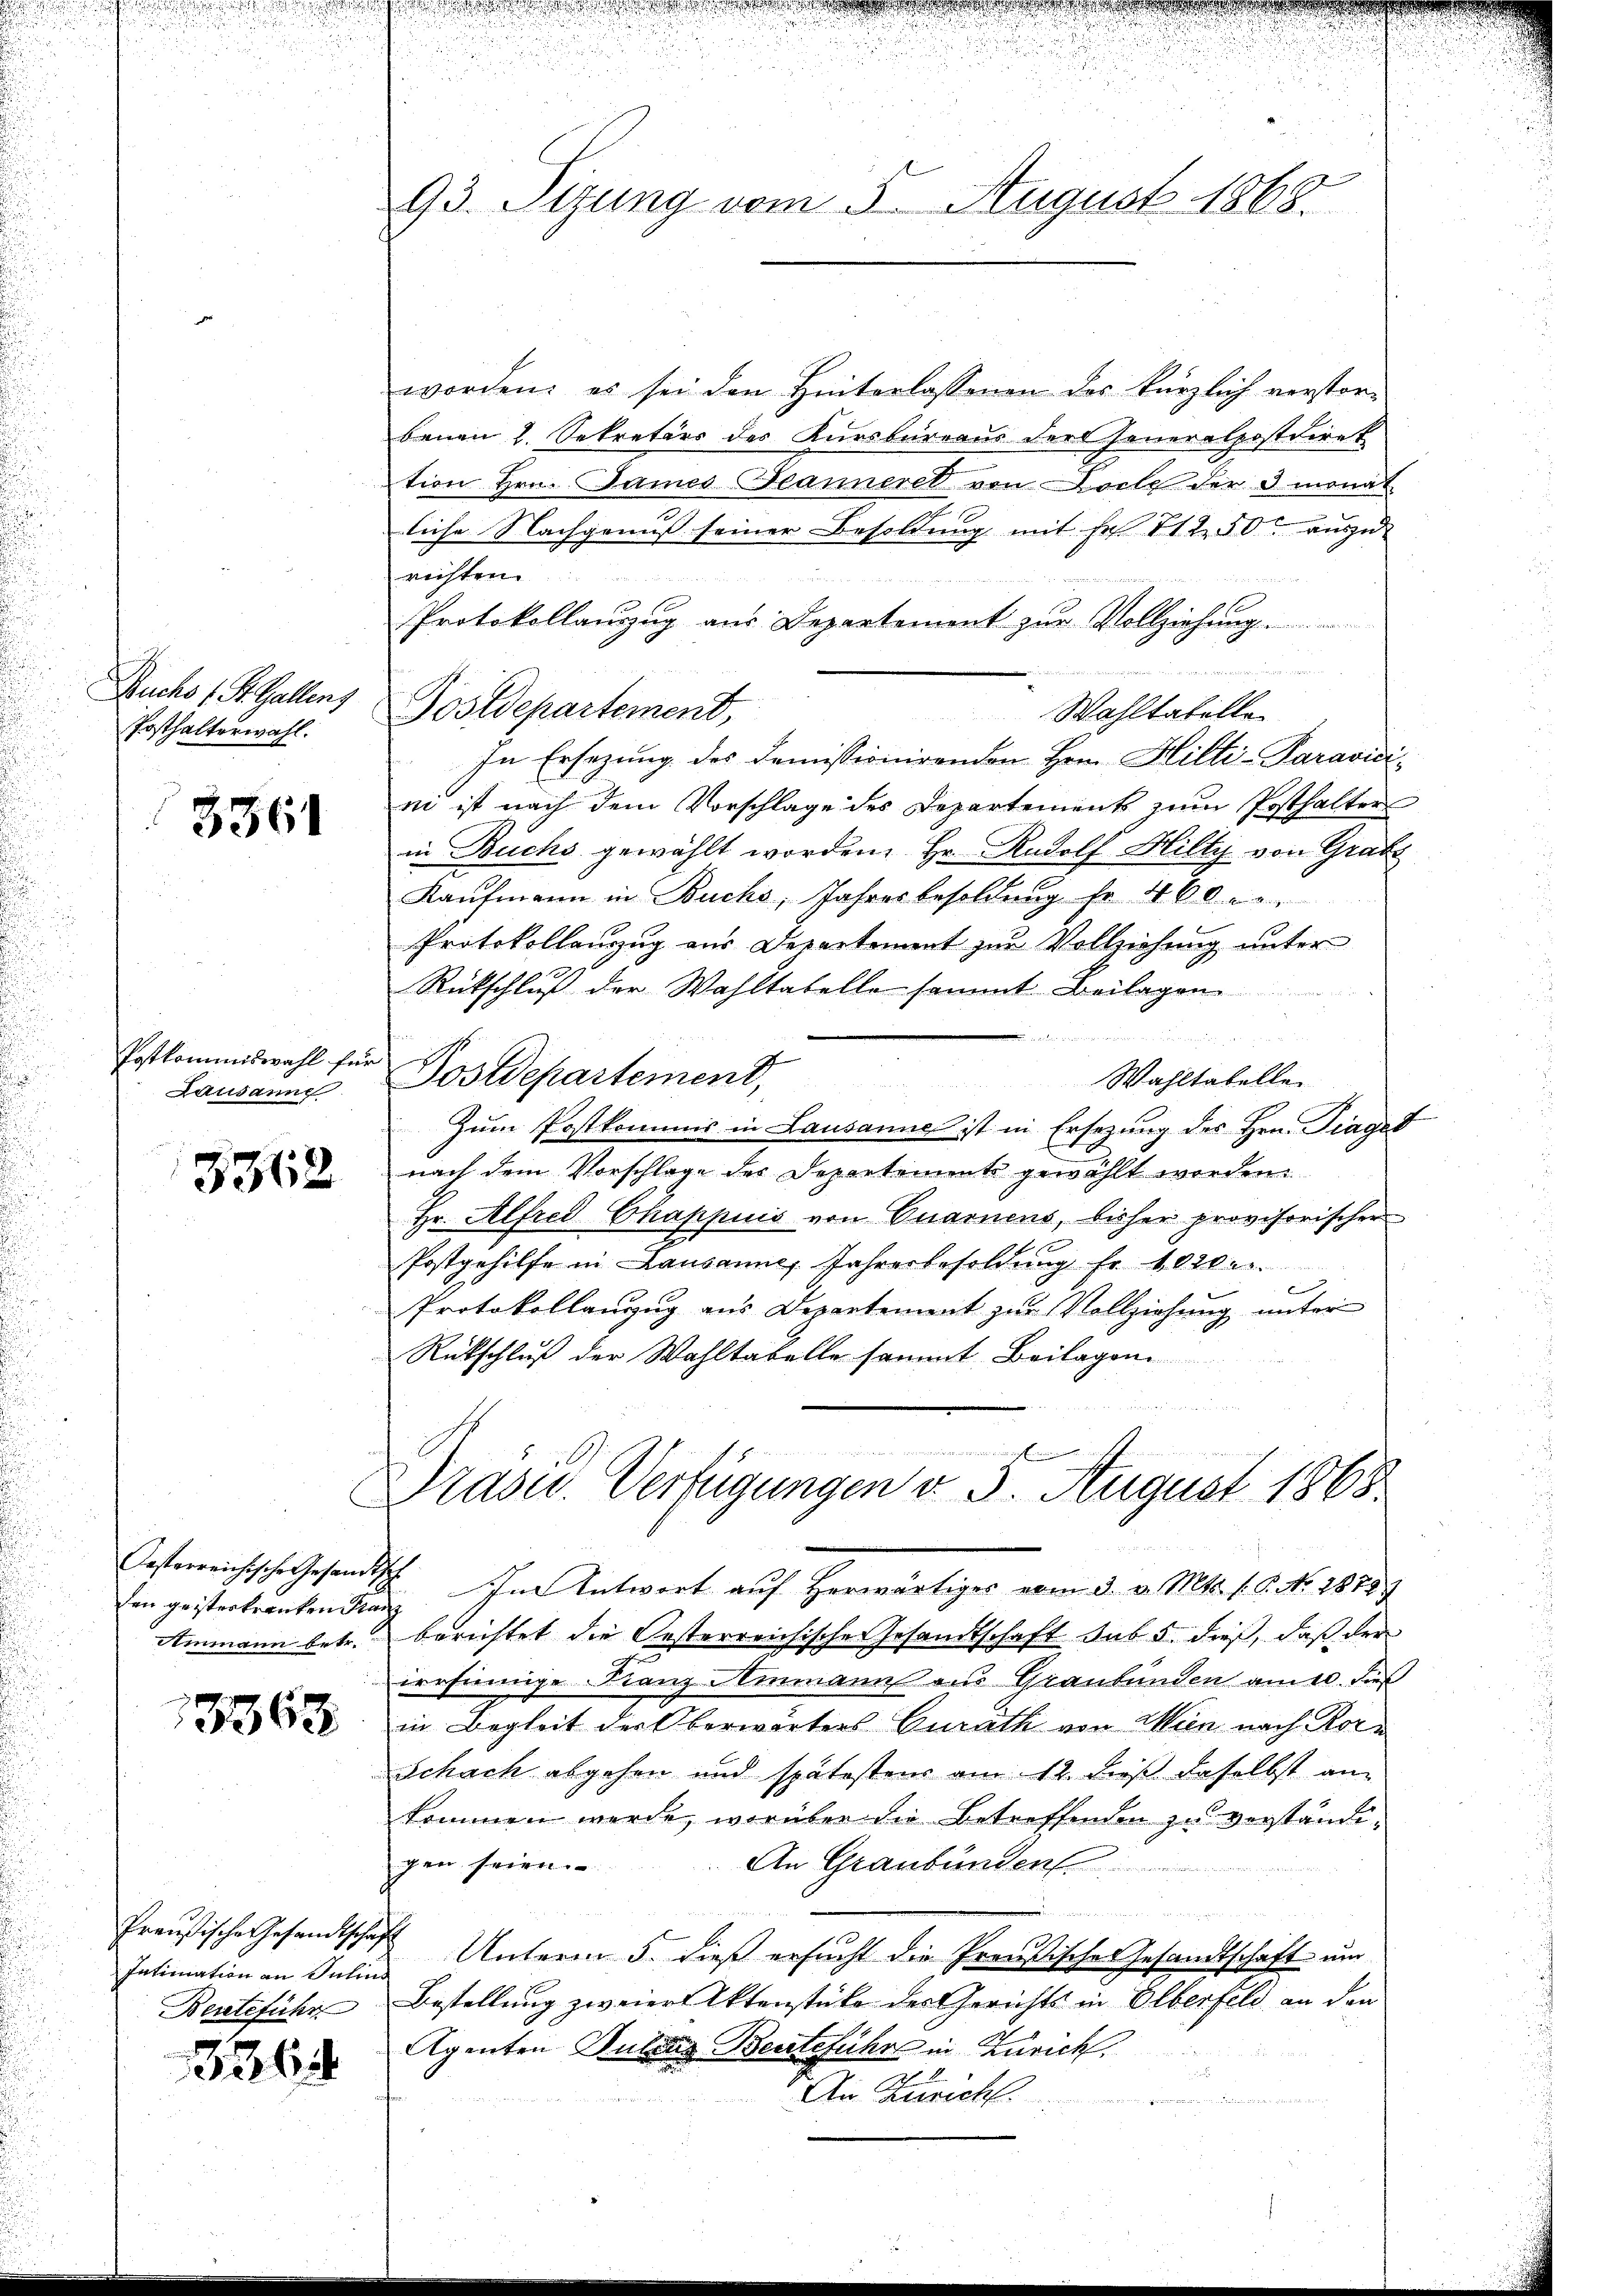
Buchs 1 St. Gallen
Posthalterwahl.

3561

Postkommiswahl für
Lausanne

3362

Oesterreichische Gesandt
den geisterkranken Kanz
Ammann betr.

13363

Intimation an Inhind
Berteführ

3364

93. Sizung vom 3. August 1868

worden; es sei den Hinterlassenen des kürzlich verstor-
benen 1. Sekretärs des Kursbureaus der Feueralpostdiret
tion Hrn. James Manneret von Doch der 3 monat
liche Nachgenuß seiner Besoldung mit Fr. 112.50 auszu-
richten
s
Protokollauszug aus Departement zur Vollziehung.

Wahltabelle
In Ersezung des Demissionirenden Hrn. Hilti-Paravicini ist nach dem Vorschlage des Departement zum Posthalter
in Buchs gewählt worden. Hr. Rudolf Hilty von Grade
Kaufmann in Buchs, Jahresbesoldung fr. 460 c.
Protokollauszug aus Departement zur Vollziehung unter
Rückschluß der Wahltatelle sammt Beilagen
un
Postdepartement,
Wahltabelle
Zum Postkommis in Lausanne ist in Ersezung des Hrn. Traget
nach dem Vorschlage des Departement gewählt werden.
Hr. Alfred Chappuis von Quarnens, bisher provisorischer
Postgehilfe in Lausanne, Jahresbesoldŭng fr. 10200.
6
Protokollanzug aus Departement zur Vollziehung unter
Rükschluß der Wahltabelle sammt Beilagen
uns er einen Sommen wir e

77. Im Antwort auf herwärtiger vom 3. v. Mts. s. C. No. 1849
berichtet die Oesterreichische Gesandtschaft sub 5. dieß, daß der
iersiennige Franz Ammanns aus Graubünden am 10. dieß
in Begleit der Oberwärters Curath von Wien nach Kore
Schach abgehen und spätestens am 12. dieß daselbst am
kommen werde, worüber die betreffenden zu verständigen seien.
An Graubünden
eien der er der einen eingenen u. 2 u. war
Preußische Gesandtschaft Unterm 5. dieß ersucht die Preußisches Gesandtschaft um
Bestellung zweier Aktenstücke der Gerichts in Elberfeld an den
Agenten Gutes Bestefuhr in Zürich,

An Zürich.

de der
ea er

Postdepartement,

und dieser ein in ein ewige wir gesich in eine wenn ich se
Präsid.. Verfügungen d. 3. August 1868